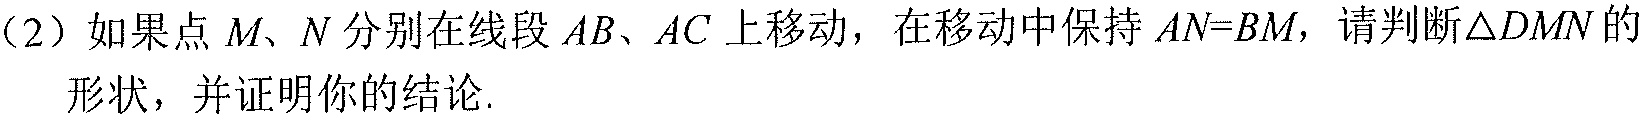
（2）如果点 \(M、N\) 分别在线段 \(AB、AC\) 上移动，在移动中保持 \(AN = BM\)，请判断\(\triangle DMN\)的
形状，并证明你的结论.